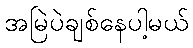
အမြဲပဲချစ်နေပါ့မယ်